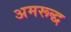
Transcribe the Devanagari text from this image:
अमरूद्ध